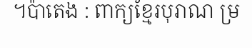
។ប៉ាតេង : ពាក្យខ្មែរបុរាណ ម្រ